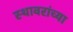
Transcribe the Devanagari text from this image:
स्थावरांच्या